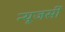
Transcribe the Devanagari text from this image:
न्‍यूजर्सी